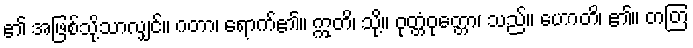
၏ အဖြစ်သို့သာလျှင်။ ဂတာ၊ ရောက်၏။ ဣတိ၊ သို့။ ဝုတ္တံဝုတ္တော၊ သည်။ ဟောတိ၊ ၏။ တတြ